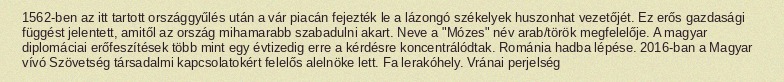
1562-ben az itt tartott országgyűlés után a vár piacán fejezték le a lázongó székelyek huszonhat vezetőjét. Ez erős gazdasági függést jelentett, amitől az ország mihamarabb szabadulni akart. Neve a "Mózes" név arab/török megfelelője. A magyar diplomáciai erőfeszítések több mint egy évtizedig erre a kérdésre koncentrálódtak. Románia hadba lépése. 2016-ban a Magyar vívó Szövetség társadalmi kapcsolatokért felelős alelnöke lett. Fa lerakóhely. Vránai perjelség